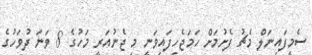
ސެމީފައިނަލް މެޗު ފެށުމަށް ހަމަޖެހިފައިވަނީ މި ޖެނުއަރީ މަހުގެ 8 ވަނަ ދުވަހުގެ